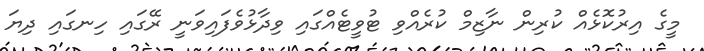
މީގެ އިރުކޮޅެއް ކުރިން ނާޒިމް ކުރެއްވި ޓުވީޓެއްގައި ވިދާޅުވެފައިވަނީ ރޭގައި ހިނގައި ދިޔަ